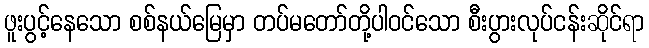
ဖူးပွင့်နေသော စစ်နယ်မြေမှာ တပ်မတော်တို့ပါဝင်သော စီးပွားလုပ်ငန်းဆိုင်ရာ